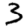
Digit: 3